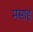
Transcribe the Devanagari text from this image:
मसाह